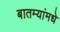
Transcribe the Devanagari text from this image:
बातम्यांमधे